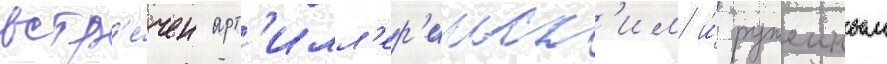
встр'е́чен арт'илл'ер'ииск'им и́ ружеиным